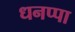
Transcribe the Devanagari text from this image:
धनप्पा